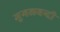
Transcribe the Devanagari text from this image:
मुगलबन्दी